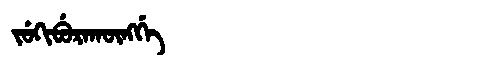
Manchu: ᠵᡠᡴᡳᠪᡠᡵᠠᡴᡡᠩᡤᡝ
Romanization: JUKIBURAKŪNGGE